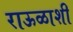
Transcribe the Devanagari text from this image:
राऊळाशी